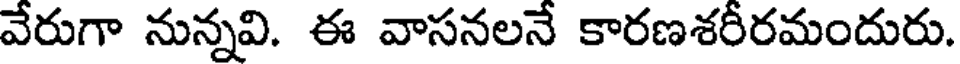
వేరుగా నున్నవి. ఈ వాసనలనే కారణశరీరమందురు.